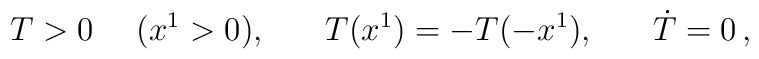
T>0 \hspace{3ex} (x^1>0), \hspace{4ex} T(x^1)=-T(-x^1), \hspace{4ex} \dot{T}=0 \,,